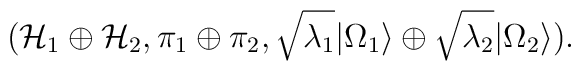
({\cal H}_1 \oplus {\cal H}_2,\pi_1 \oplus\pi_2,\sqrt{\lambda_1}|\Omega_1\rangle \oplus\sqrt{\lambda_2}|\Omega_2\rangle ).